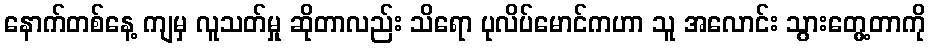
နောက်တစ်နေ့ ကျမှ လူသတ်မှု ဆိုတာလည်း သိရော ပုလိပ်မောင်ကဟာ သူ အလောင်း သွားတွေ့တာကို